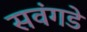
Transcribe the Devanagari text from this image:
सवंगडे